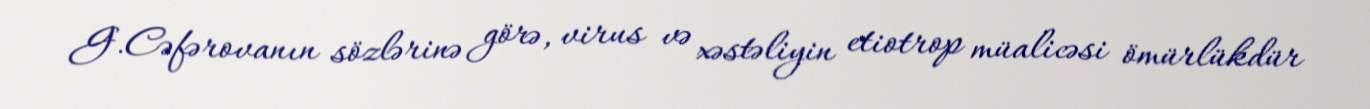
G.Cəfərovanın sözlərinə görə, virus və xəstəliyin etiotrop müalicəsi ömürlükdür